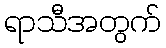
ရာသီအတွက်